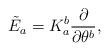
LaTeX: \begin{align*}{\tilde E}_a = K^b_a \frac{\partial }{\partial \theta^b},\end{align*}